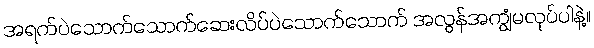
အရက်ပဲသောက်သောက်ဆေးလိပ်ပဲသောက်သောက် အလွန်အကျွံမလုပ်ပါနဲ့။